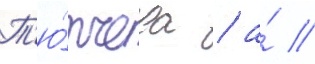
Т'ю́тчева / а́ //